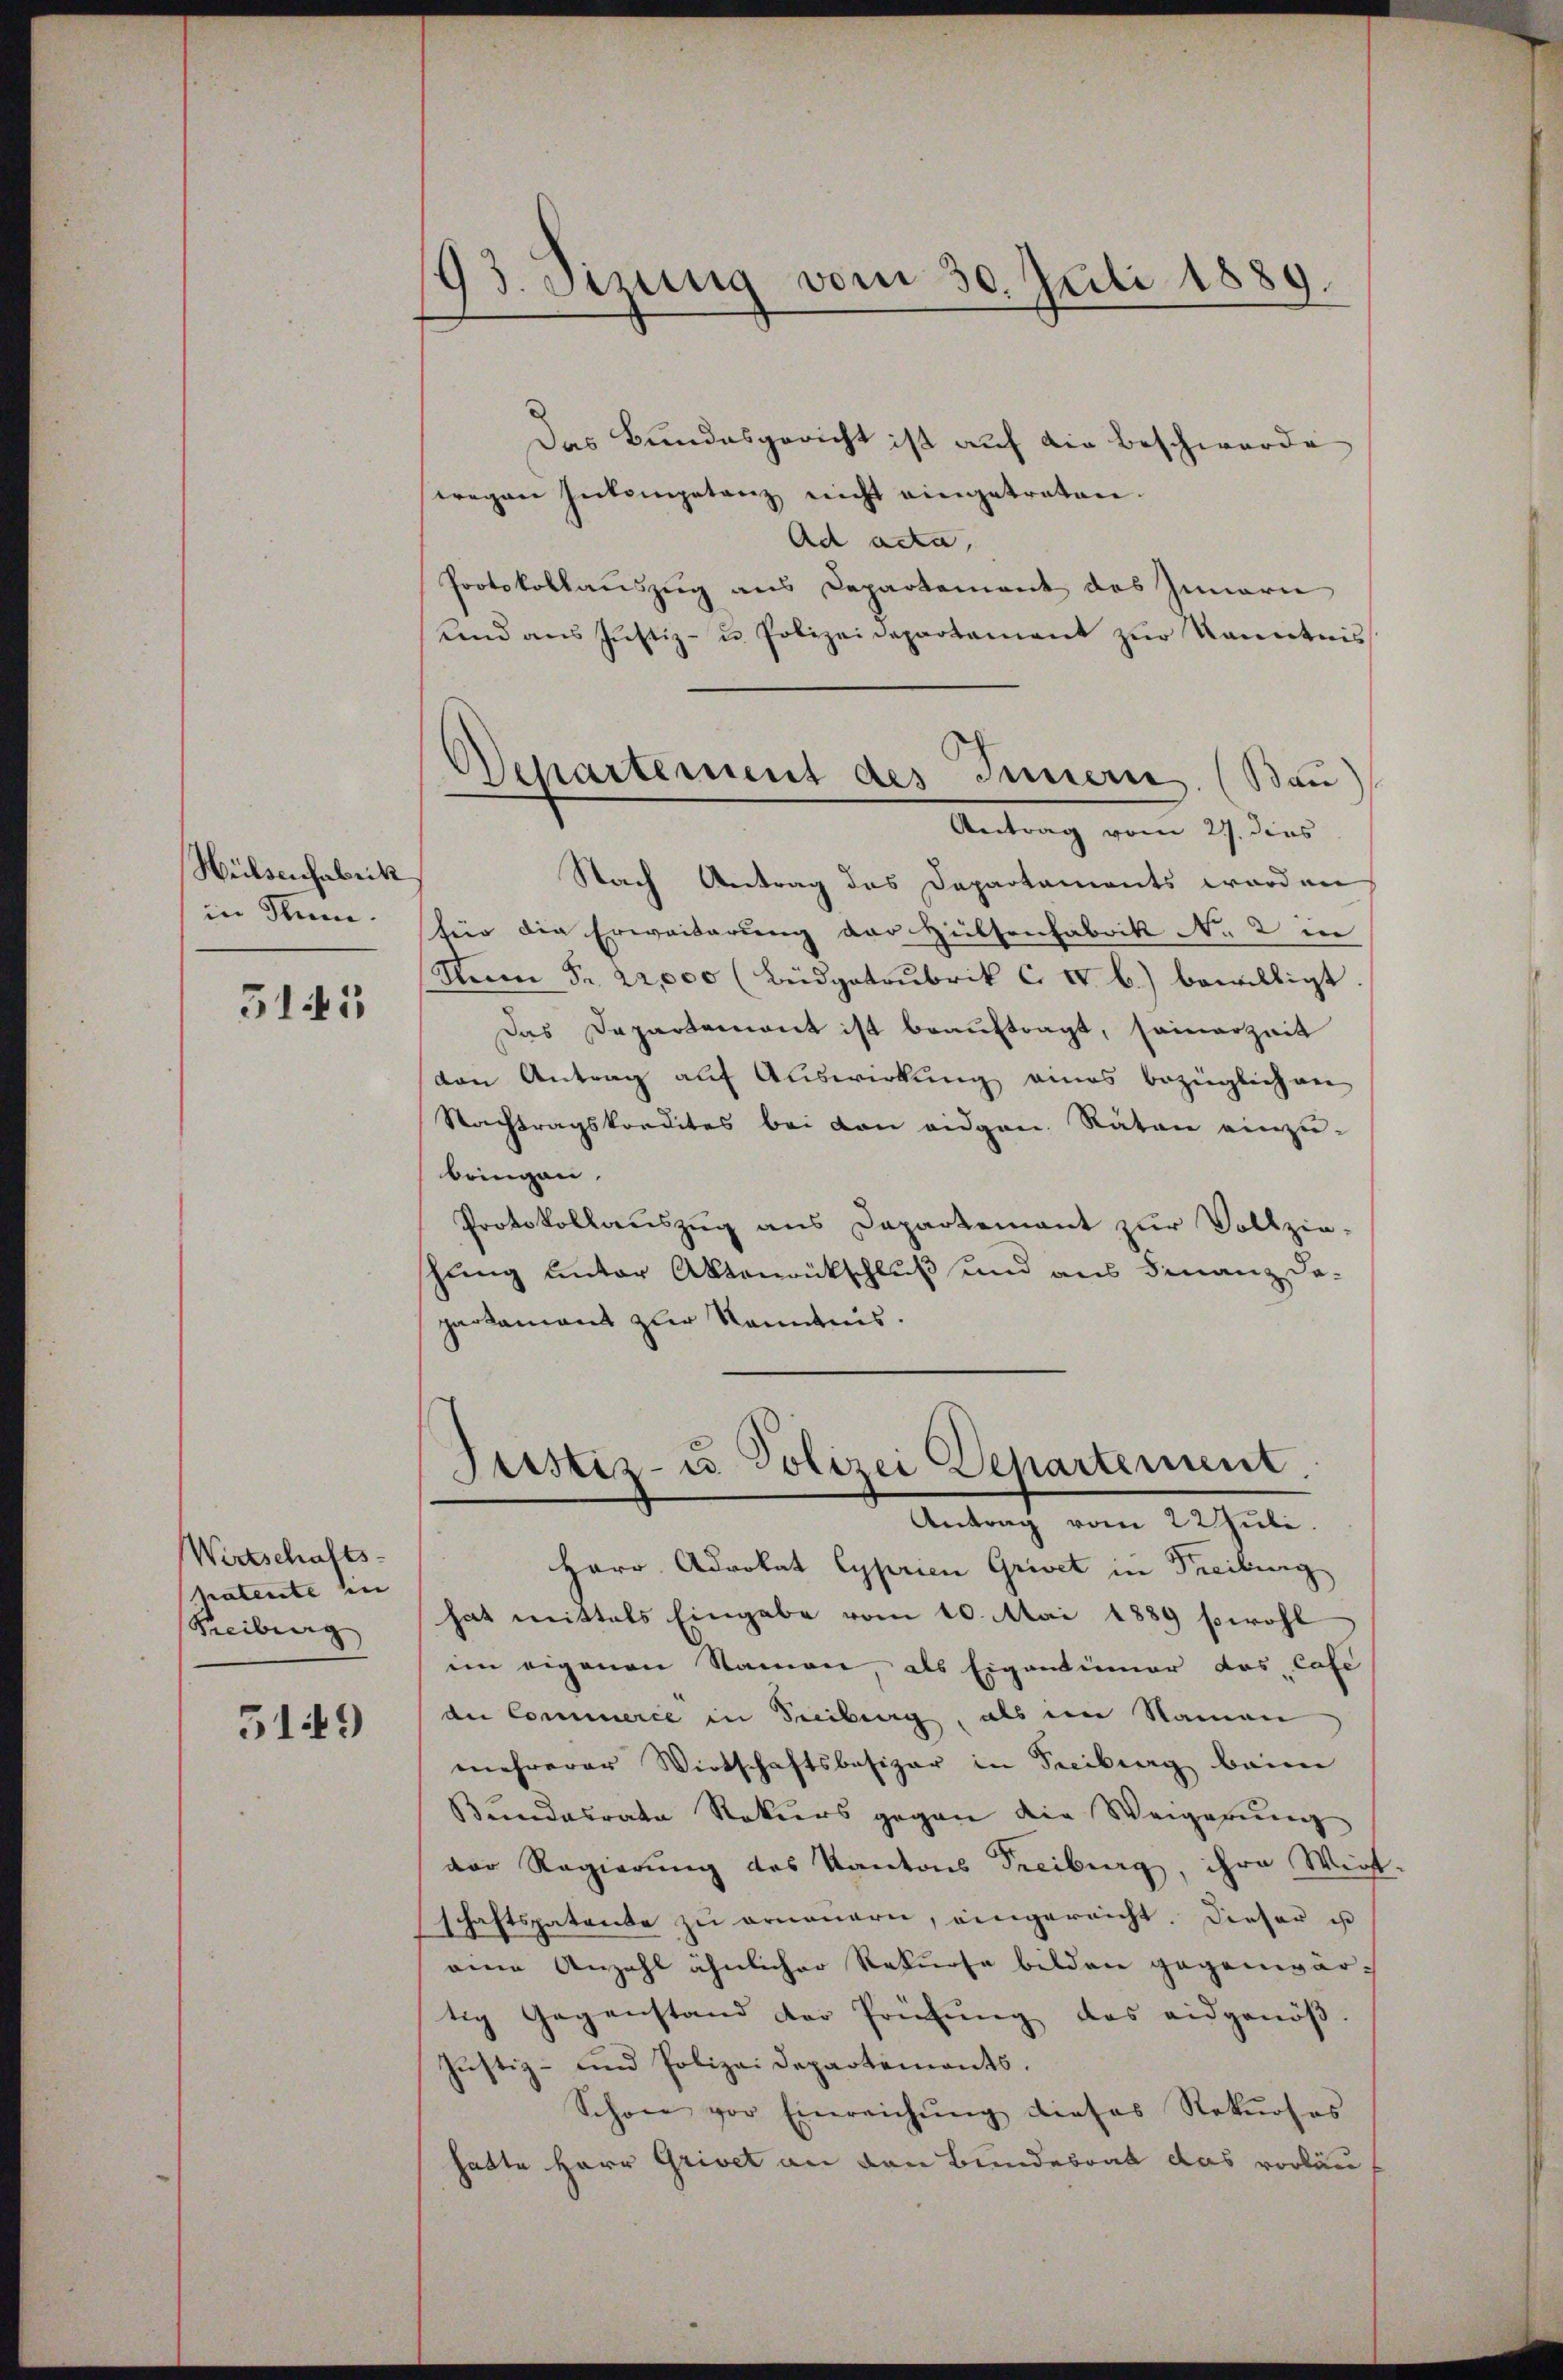
Wülsenfabrik
in Stun

5145

Wirtschafts-
Maternte in |
Freiburg

5149

193. Sizung vom 30. Juli 1889.

Das Bundesgericht ist auf die Beschwerde
wegen Inkompetenz nicht eingetreten.
Ad Acta,
Protokollauszug aus Departement des Innern
ŭnd aŭs Jŭstiz- u. Polizeidepartement zŭr Kenntnis
Antrag vom 27. dies
Nach Antrag des Departaments worden
feir die Erweiterung der Hülsenfabrik No. 2 in
Herrn Fr. 22,000 (Büdgatrubrik C. IV b.) bewilligt
Das Departement ist beauftragt, seinerzeit
von Antrag auf Auswirkung eines bezüglich an
Nachtragskondites bei den eidgen. Räten einzu-
bringen.
Protokollauszug aus Departement zur Vollzie-
hung unter Aktenrückschluß und aus Finanz Da-
partement zur Kenntnis.
Justiz- u. Polizei Departement.
Antrag vom 22 Juli
Herr Advokat Cyprien Grivet in Freibung
hat mittels Eingabe vom 10. Mai 1889 sowohl
im eigenen Namen, als Eigentinner das Cafe
der Commerce in Freiberg, als ein Namen
mehrerer Wirtschaftsbesizer in Freiburg beim
Bundesrate Rekurs gegen die Weigerung
der Regierung des Kantons Treiburg, ihre Wirt-
schaftspatente zu ornonern, eingereicht. Dieser ist
eine Anzahl ähnlicher Rekurse bilden gegenwärtig Gegenstand der Prüfung das eidgenöβ.
Justiz- und Polizei Departements.
Schon vor Einreichŭng dieses Rekŭrses
hatte Herr Grivet an den Bundesrat das vorläu

Departement des Innern. (Bau)